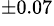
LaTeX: ^{\pm 0.07}